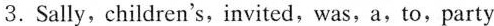
3.Sally,children's,invited,was,a,to,party